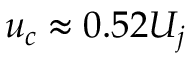
u _ { c } \approx 0 . 5 2 U _ { j }